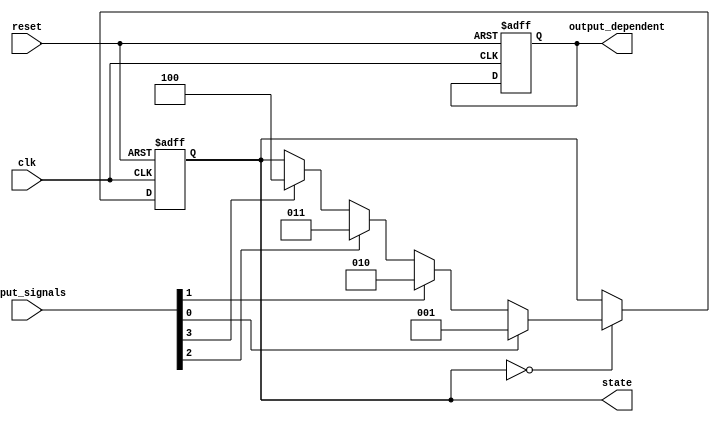
module state_machine (
    input clk,
    input reset,
    input [7:0] input_signals,
    output reg [2:0] state,
    output reg output_dependent
);

parameter IDLE = 3'b000;
parameter STATE1 = 3'b001;
parameter STATE2 = 3'b010;
parameter STATE3 = 3'b011;
parameter STATE4 = 3'b100;

always @ (posedge clk or posedge reset) begin
    if (reset) begin
        state <= IDLE;
        output_dependent <= 0;
    end else begin
        case(state)
            IDLE: begin
                if (input_signals[0] == 1) state <= STATE1;
                else if (input_signals[1] == 1) state <= STATE2;
                else if (input_signals[2] == 1) state <= STATE3;
                else if (input_signals[3] == 1) state <= STATE4;
            end
            STATE1: begin
                // state transitions and output logic based on input signals
            end
            STATE2: begin
                // state transitions and output logic based on input signals
            end
            STATE3: begin
                // state transitions and output logic based on input signals
            end
            STATE4: begin
                // state transitions and output logic based on input signals
            end
        endcase
    end
end

endmodule